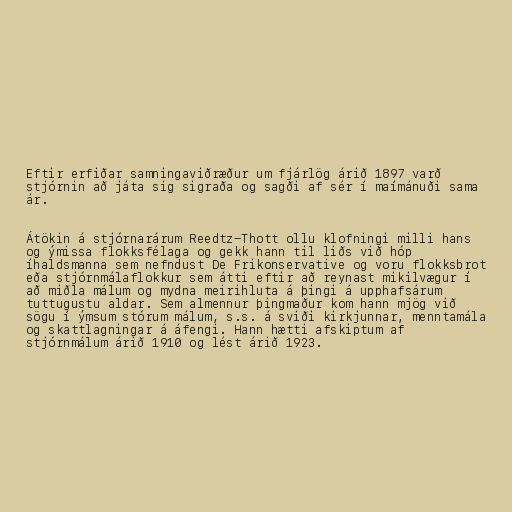
Eftir erfiðar samningaviðræður um fjárlög árið 1897 varð
stjórnin að játa sig sigraða og sagði af sér í maímánuði sama
ár.

Átökin á stjórnarárum Reedtz-Thott ollu klofningi milli hans
og ýmissa flokksfélaga og gekk hann til liðs við hóp
íhaldsmanna sem nefndust De Frikonservative og voru flokksbrot
eða stjórnmálaflokkur sem átti eftir að reynast mikilvægur í
að miðla málum og mydna meirihluta á þingi á upphafsárum
tuttugustu aldar. Sem almennur þingmaður kom hann mjög við
sögu í ýmsum stórum málum, s.s. á sviði kirkjunnar, menntamála
og skattlagningar á áfengi. Hann hætti afskiptum af
stjórnmálum árið 1910 og lést árið 1923.